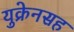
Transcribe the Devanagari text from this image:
युक्रेनसह